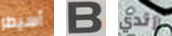
أسيطر B أرتدي